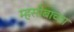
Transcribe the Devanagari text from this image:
म्हसोबाच्या